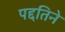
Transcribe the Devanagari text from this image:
पद्दतिने